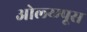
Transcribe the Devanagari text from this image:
ओल्य्म्पूस